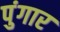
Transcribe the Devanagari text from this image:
पुंगार